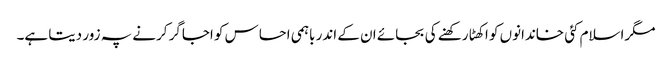
مگراسلام کئی خاندانوں کو اکھٹا رکھنے کی بجائے ان کے اندر باہمی احساس کو اجاگر کرنے پہ زور دیتا ہے۔